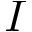
I